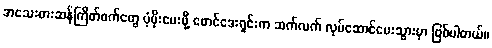
အသေးစားဆန်ကြိတ်စက်တွေ ပံ့ပိုးပေးဖို့ ဖောင်ဒေးရှင်းက ဆက်လက် လုပ်ဆောင်ပေးသွားမှာ ဖြစ်ပါတယ်။